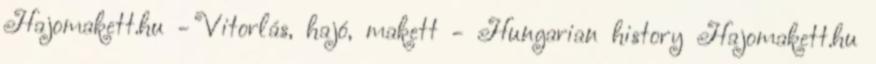
Hajomakett.hu - Vitorlás, hajó, makett - Hungarian history Hajomakett.hu